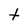
Character: t